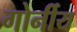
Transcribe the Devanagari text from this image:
गोर्नीय